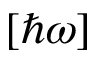
[ \hbar \omega ]